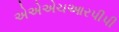
એએએચઆરપીપી